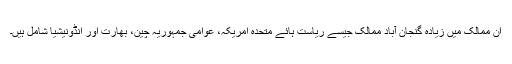
ان ممالک میں زیادہ گنجان آباد ممالک جیسے ریاست ہائے متحدہ امریکہ، عوامی جمہوریہ چین، بھارت اور انڈونیشیا شامل ہیں۔